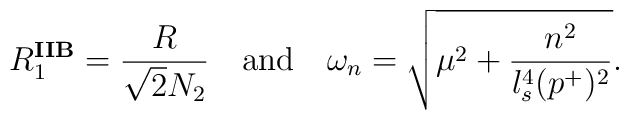
R_1^{\mathbf{IIB}} = \frac{R}{\sqrt{2} N_2} \quad \textrm{and} \quad\omega_n = \sqrt{\mu^2 + \frac{n^2}{l_s^4 (p^+)^2}}.